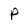
Character: p